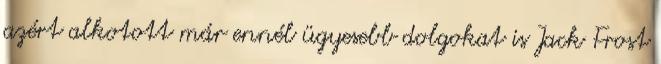
azért alkotott már ennél ügyesebb dolgokat is Jack Frost